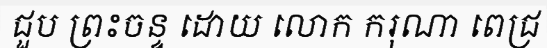
ជួប ព្រះចន្ទ ដោយ លោក ករុណា ពេជ្រ